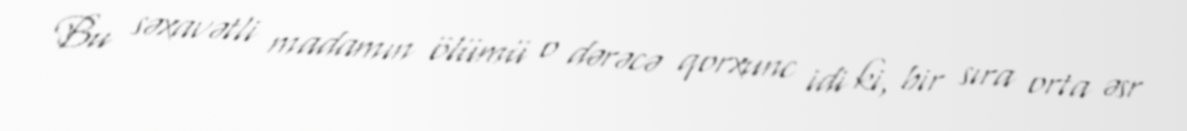
Bu səxavətli madamın ölümü o dərəcə qorxunc idi ki, bir sıra orta əsr